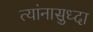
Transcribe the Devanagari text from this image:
त्यांनासुध्दा